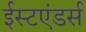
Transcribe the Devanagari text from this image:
ईस्टएंडर्स